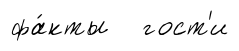
фа́кты гост'и